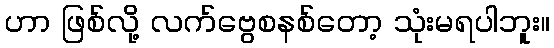
ဟာ ဖြစ်လို့ လက်ဗွေစနစ်တော့ သုံးမရပါဘူး။